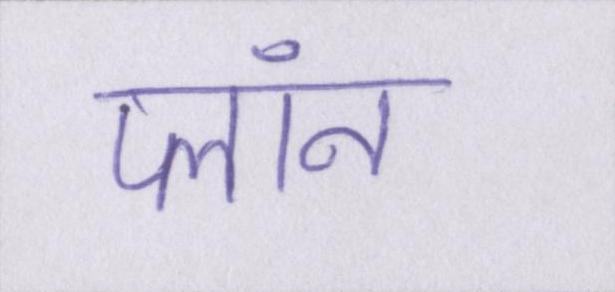
प्लॉन